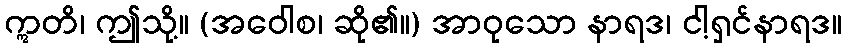
ဣတိ၊ ဤသို့။ (အဝေါစ၊ ဆို၏။) အာဝုသော နာရဒ၊ ငါ့ရှင်နာရဒ။